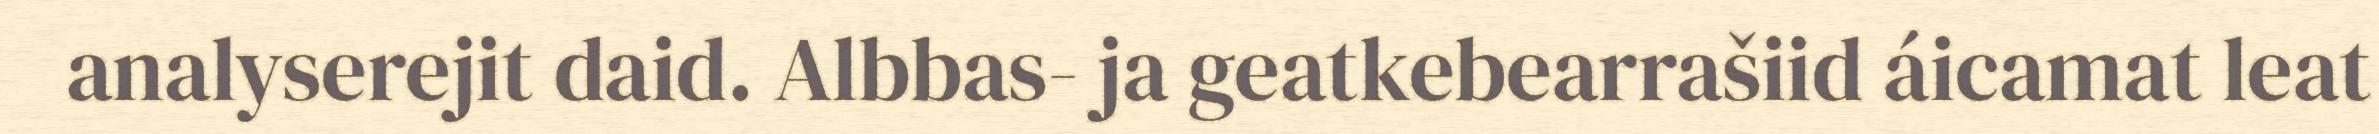
analyserejit daid. Albbas- ja geatkebearrašiid áicamat leat